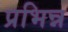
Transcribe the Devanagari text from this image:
प्रभिन्न